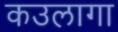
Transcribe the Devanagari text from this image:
कउलागा